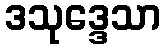
ဒသုဒ္ဒေသာ